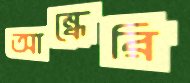
আন্ধেরি